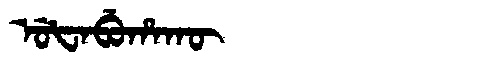
Manchu: ᡠᡶᠠᠪᡠᡥᠠᡴᡡ
Romanization: UFABUHAKŪ